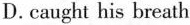
D.caught his breath